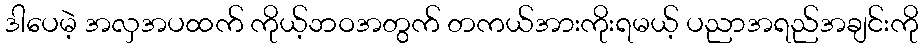
ဒါပေမဲ့ အလှအပထက် ကိုယ့်ဘဝအတွက် တကယ်အားကိုးရမယ့် ပညာအရည်အချင်းကို